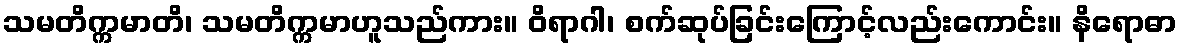
သမတိက္ကမာတိ၊ သမတိက္ကမာဟူသည်ကား။ ဝိရာဂါ၊ စက်ဆုပ်ခြင်းကြောင့်လည်းကောင်း။ နိရောဓာ